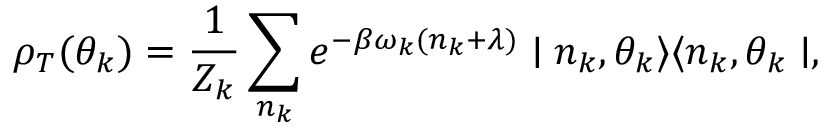
\rho _ { T } ( \theta _ { k } ) = \frac { 1 } { Z _ { k } } \sum _ { n _ { k } } e ^ { - \beta \omega _ { k } ( n _ { k } + \lambda ) } \mid n _ { k } , \theta _ { k } \rangle \langle n _ { k } , \theta _ { k } \mid ,